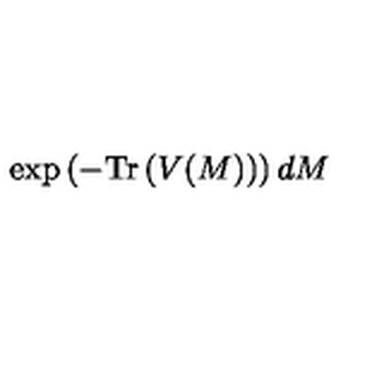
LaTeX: \exp \left( - \mathrm { T r } \left( V ( M ) \right) \right) d M